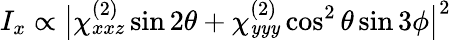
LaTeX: I_{x}\propto\big|\chi_{xxz}^{(2)}\sin2\theta+\chi_{\mathit{y}\mathit{y}\mathit{y}}^{(2)}\cos^{2}\theta\sin3\phi\big|^{2}